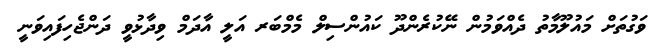
ވަގުތަށް މައުލޫމާތު ދެއްވަމުން ނޭކުރެންދޫ ކައުންސިލް މެމްބަރ އަލީ އާދަމް ވިދާޅުވީ ދަންޖެހިފައިވަނީ